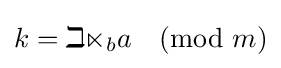
k=\mathbb {ind} _{b}a{\pmod {m}}